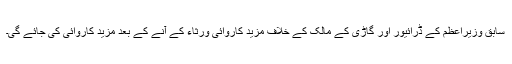
سابق وزیراعظم کے ڈرائیور اور گاڑی کے مالک کے خلاف مزید کاروائی ورثاء کے آنے کے بعد مزید کاروائی کی جائے گی۔